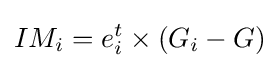
IM_{i}=e_{i}^{t}\times (G_{i}-G)